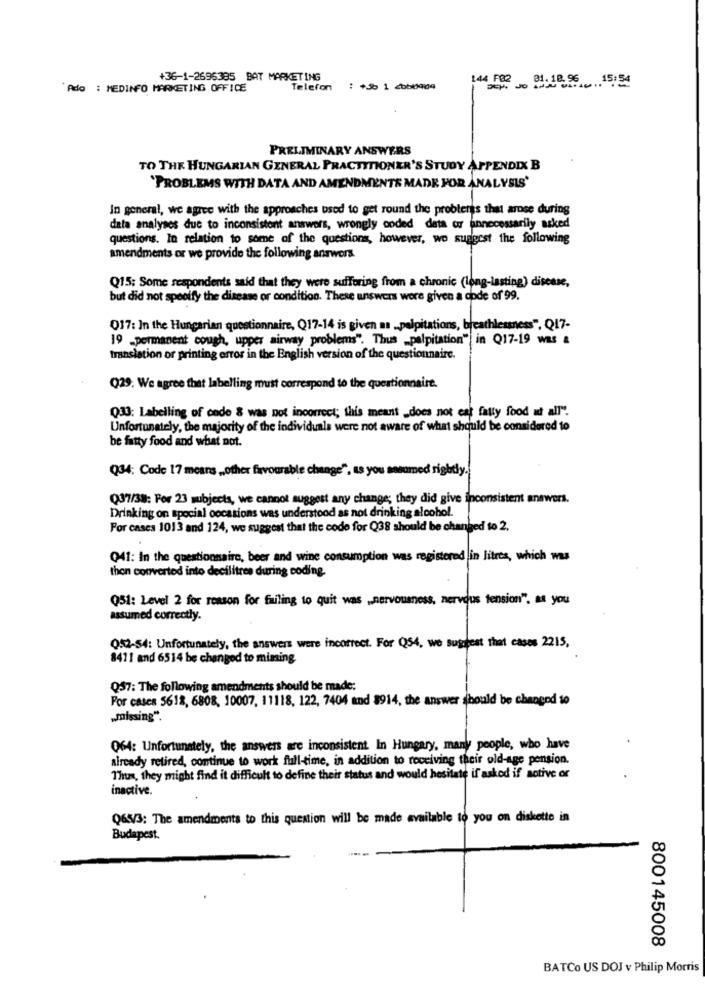
+36-1-2696385 BAT MARKETING
144 FB2
01. 18. 96 15:54
Ado : MEDINFO MARKETING OFFICE
Telefon
: +30 1 cob0904
PRELIMINARY ANSWERS
TO THE HUNGARIAN GENERAL PRACTITIONER'S STUDY APPENDIX B
'PROBLEMS WITH DATA AND AMENDMENTS MADE FOR ANALYSIS'
In general, we agree with the approaches used to get round the problerss that arose during
data analyses due to inconsistent answers, wrongly coded data or unnecessarily asked
questions. In relation to some of the questions, however, we suggest the following
amendments or we provide the following answers.
Q15: Some respondents said that they were suffering from a chronic (long-lasting) disease,
but did not specify the disease or condition. These answers were given a code of 99.
Q17: In the Hungarian questionnaire, Q17-14 is given as .. palpitations, breathlessness", Q17-
19 -permanent cough, upper airway problems". Thus "palpitation" in Q17-19 was a
translation or printing error in the English version of the questionnaire.
Q29. We agree that labelling must correspond to the questionnaire.
Q33: Labelling of code & was not incorrect; this meant _does not eat fatty food at all".
Unfortunately, the majority of the individuals were not aware of what should be considered to
be fatty food and what not.
Q34; Code 17 mears ,, other favourable change", as you assumed rightly.
Q37/38: For 23 subjects, we cannot suggest any change; they did give inconsistent answers.
Drinking on special occasions was understood as not drinking alcohol.
For cases 1013 and 124, we suggest that the code for Q38 should be changed to 2.
Q41: In the questionnaire, beer and wine consumption was registered in litres, which was
then converted into decilitres during coding.
Q51: Level 2 for reason for failing to quit was ,nervousness, nervous tension", as you
assumed correctly.
Q52-54: Unfortunately, the answers were incorrect. For Q54, we suggest that cases 2215,
8411 and 6514 be changed to miming
Q57: The following amendments should be made;
For cases 5618, 6808, 10007, 11118, 122, 7404 and 8914, the answer should be changed to
„missing".
Q64: Unfortunately, the answers are inconsistent In Hungary, many people, who have
already retired, continue to work full-time, in addition to receiving their old-age pension.
Thus, they might find it difficult to define their status and would hesitate if asked if aotive or
inactive.
Q65/3: The amendments to this question will be made available to you on diskette in
Budapest.
800145008
BATCo US DOJ v Philip Morris